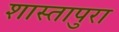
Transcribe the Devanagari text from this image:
शास्तापुरा